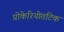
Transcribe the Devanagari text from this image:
प्रोकेरियोतटिक